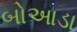
બોઆડા